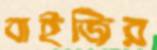
বাইজির